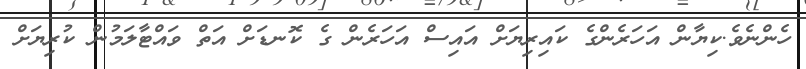
ހެންނެވެ.ކިޔާން އަހަރެންގެ ކައިރިޔަށް އައިސް އަހަރެން ގެ ކޮނޑަށް އަތް ވައްޓާލަމުން ކުރިޔަށް